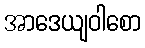
အာဒေယျဝါစော